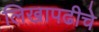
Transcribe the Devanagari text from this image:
लिखापढीचे